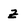
Character: Z